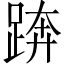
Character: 𨁼